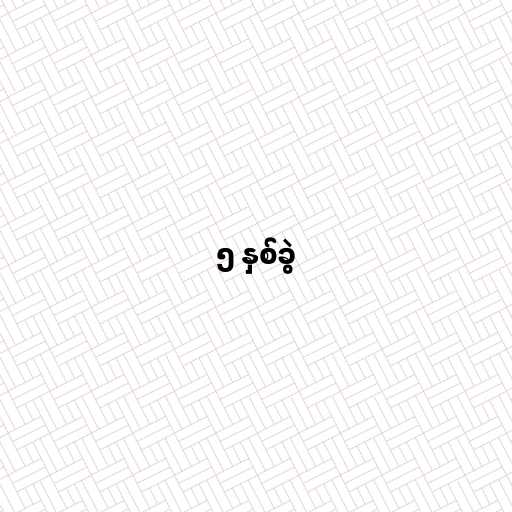
၅ နှစ်ခွဲ